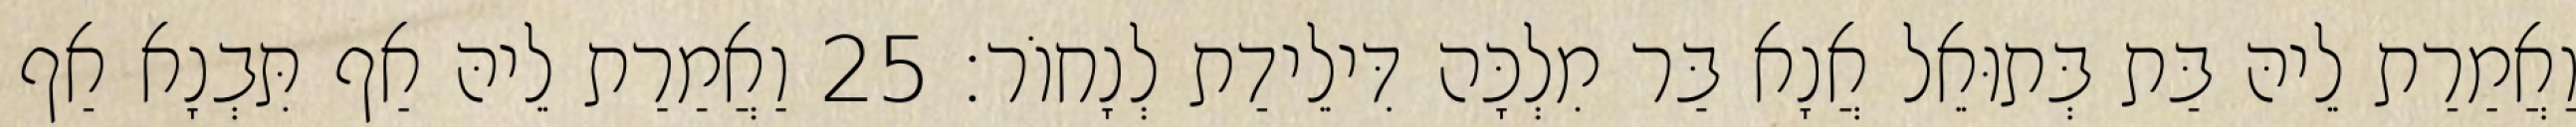
וַאֲמַרַת לֵיהּ בַּת בְּתוּאֵל אֲנָא בַּר מִלְכָּה דִּילֵידַת לְנָחוֹר׃ 25 וַאֲמַרַת לֵיהּ אַף תִּבְנָא אַף